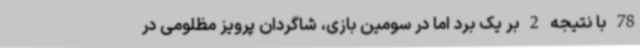
78 با نتیجه 2 بر یک برد اما در سومین بازی، شاگردان پرویز مظلومی در